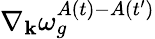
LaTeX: \nabla_{\textbf{k}}\omega_{g}^{A(t)-A(t^{\prime})}